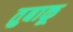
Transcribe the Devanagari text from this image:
तुबाकू